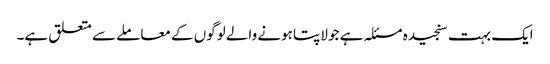
ایک بہت سنجیدہ مسئلہ ہے جو لاپتا ہونے والے لوگوں کے معاملے سے متعلق ہے۔